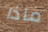
ماذا